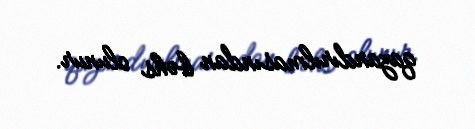
qazandırılmasından bəhs olunur.